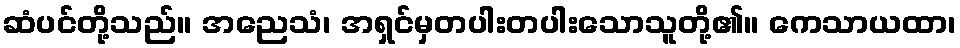
ဆံပင်တို့သည်။ အညေသံ၊ အရှင်မှတပါးတပါးသောသူတို့၏။ ကေသာယထာ၊